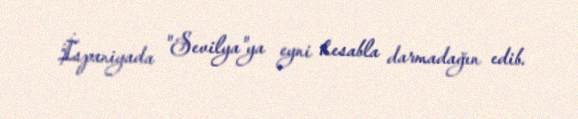
İspaniyada "Sevilya"ya eyni hesabla darmadağın edib.